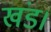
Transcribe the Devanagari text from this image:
खंड।